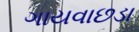
ગાયવાછડા